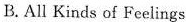
B. All Kinds of Feelings